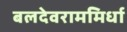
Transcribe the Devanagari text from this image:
बलदेवराममिर्धा